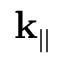
\mathbf { k } _ { | | }